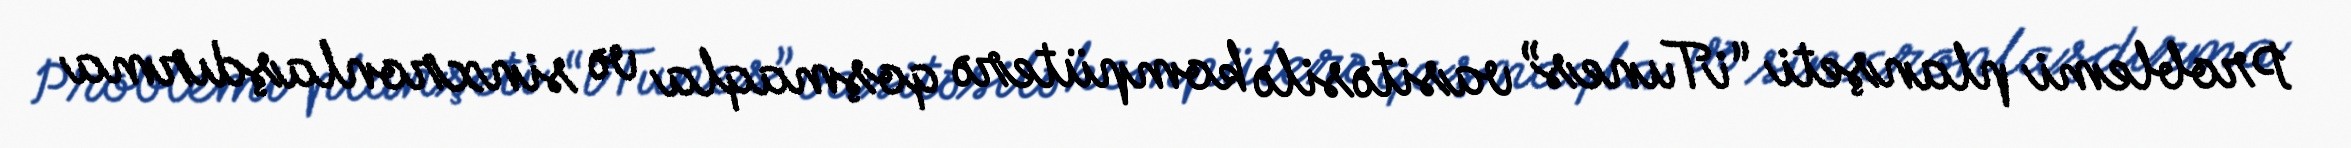
Problemi planşeti “iTunes” vasitəsilə kompüterə qoşmaqla və sinxronlaşdırma